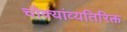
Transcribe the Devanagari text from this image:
चौक्यांव्यतिरिक्त